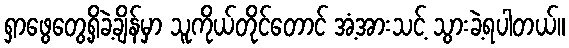
ရှာဖွေတွေ့ရှိခဲ့ချိန်မှာ သူကိုယ်တိုင်တောင် အံ့အားသင့် သွားခဲ့ရပါတယ်။